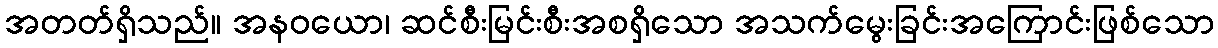
အတတ်ရှိသည်။ အနဝယော၊ ဆင်စီးမြင်းစီးအစရှိသော အသက်မွေးခြင်းအကြောင်းဖြစ်သော